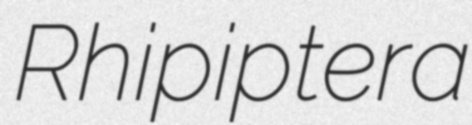
Rhipiptera